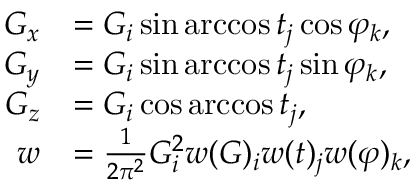
\begin{array} { r l } { G _ { x } } & { = G _ { i } \sin \operatorname { a r c c o s } t _ { j } \cos \varphi _ { k } , } \\ { G _ { y } } & { = G _ { i } \sin \operatorname { a r c c o s } t _ { j } \sin \varphi _ { k } , } \\ { G _ { z } } & { = G _ { i } \cos \operatorname { a r c c o s } t _ { j } , } \\ { w } & { = \frac { 1 } { 2 \pi ^ { 2 } } G _ { i } ^ { 2 } w ( G ) _ { i } w ( t ) _ { j } w ( \varphi ) _ { k } , } \end{array}